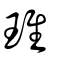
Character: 琟